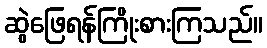
ဆွဲဖြေရန်ကြိုးစားကြသည်။